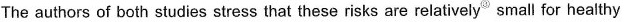
The authors of both studies stress that these risks are relatively^{③} small for healthy